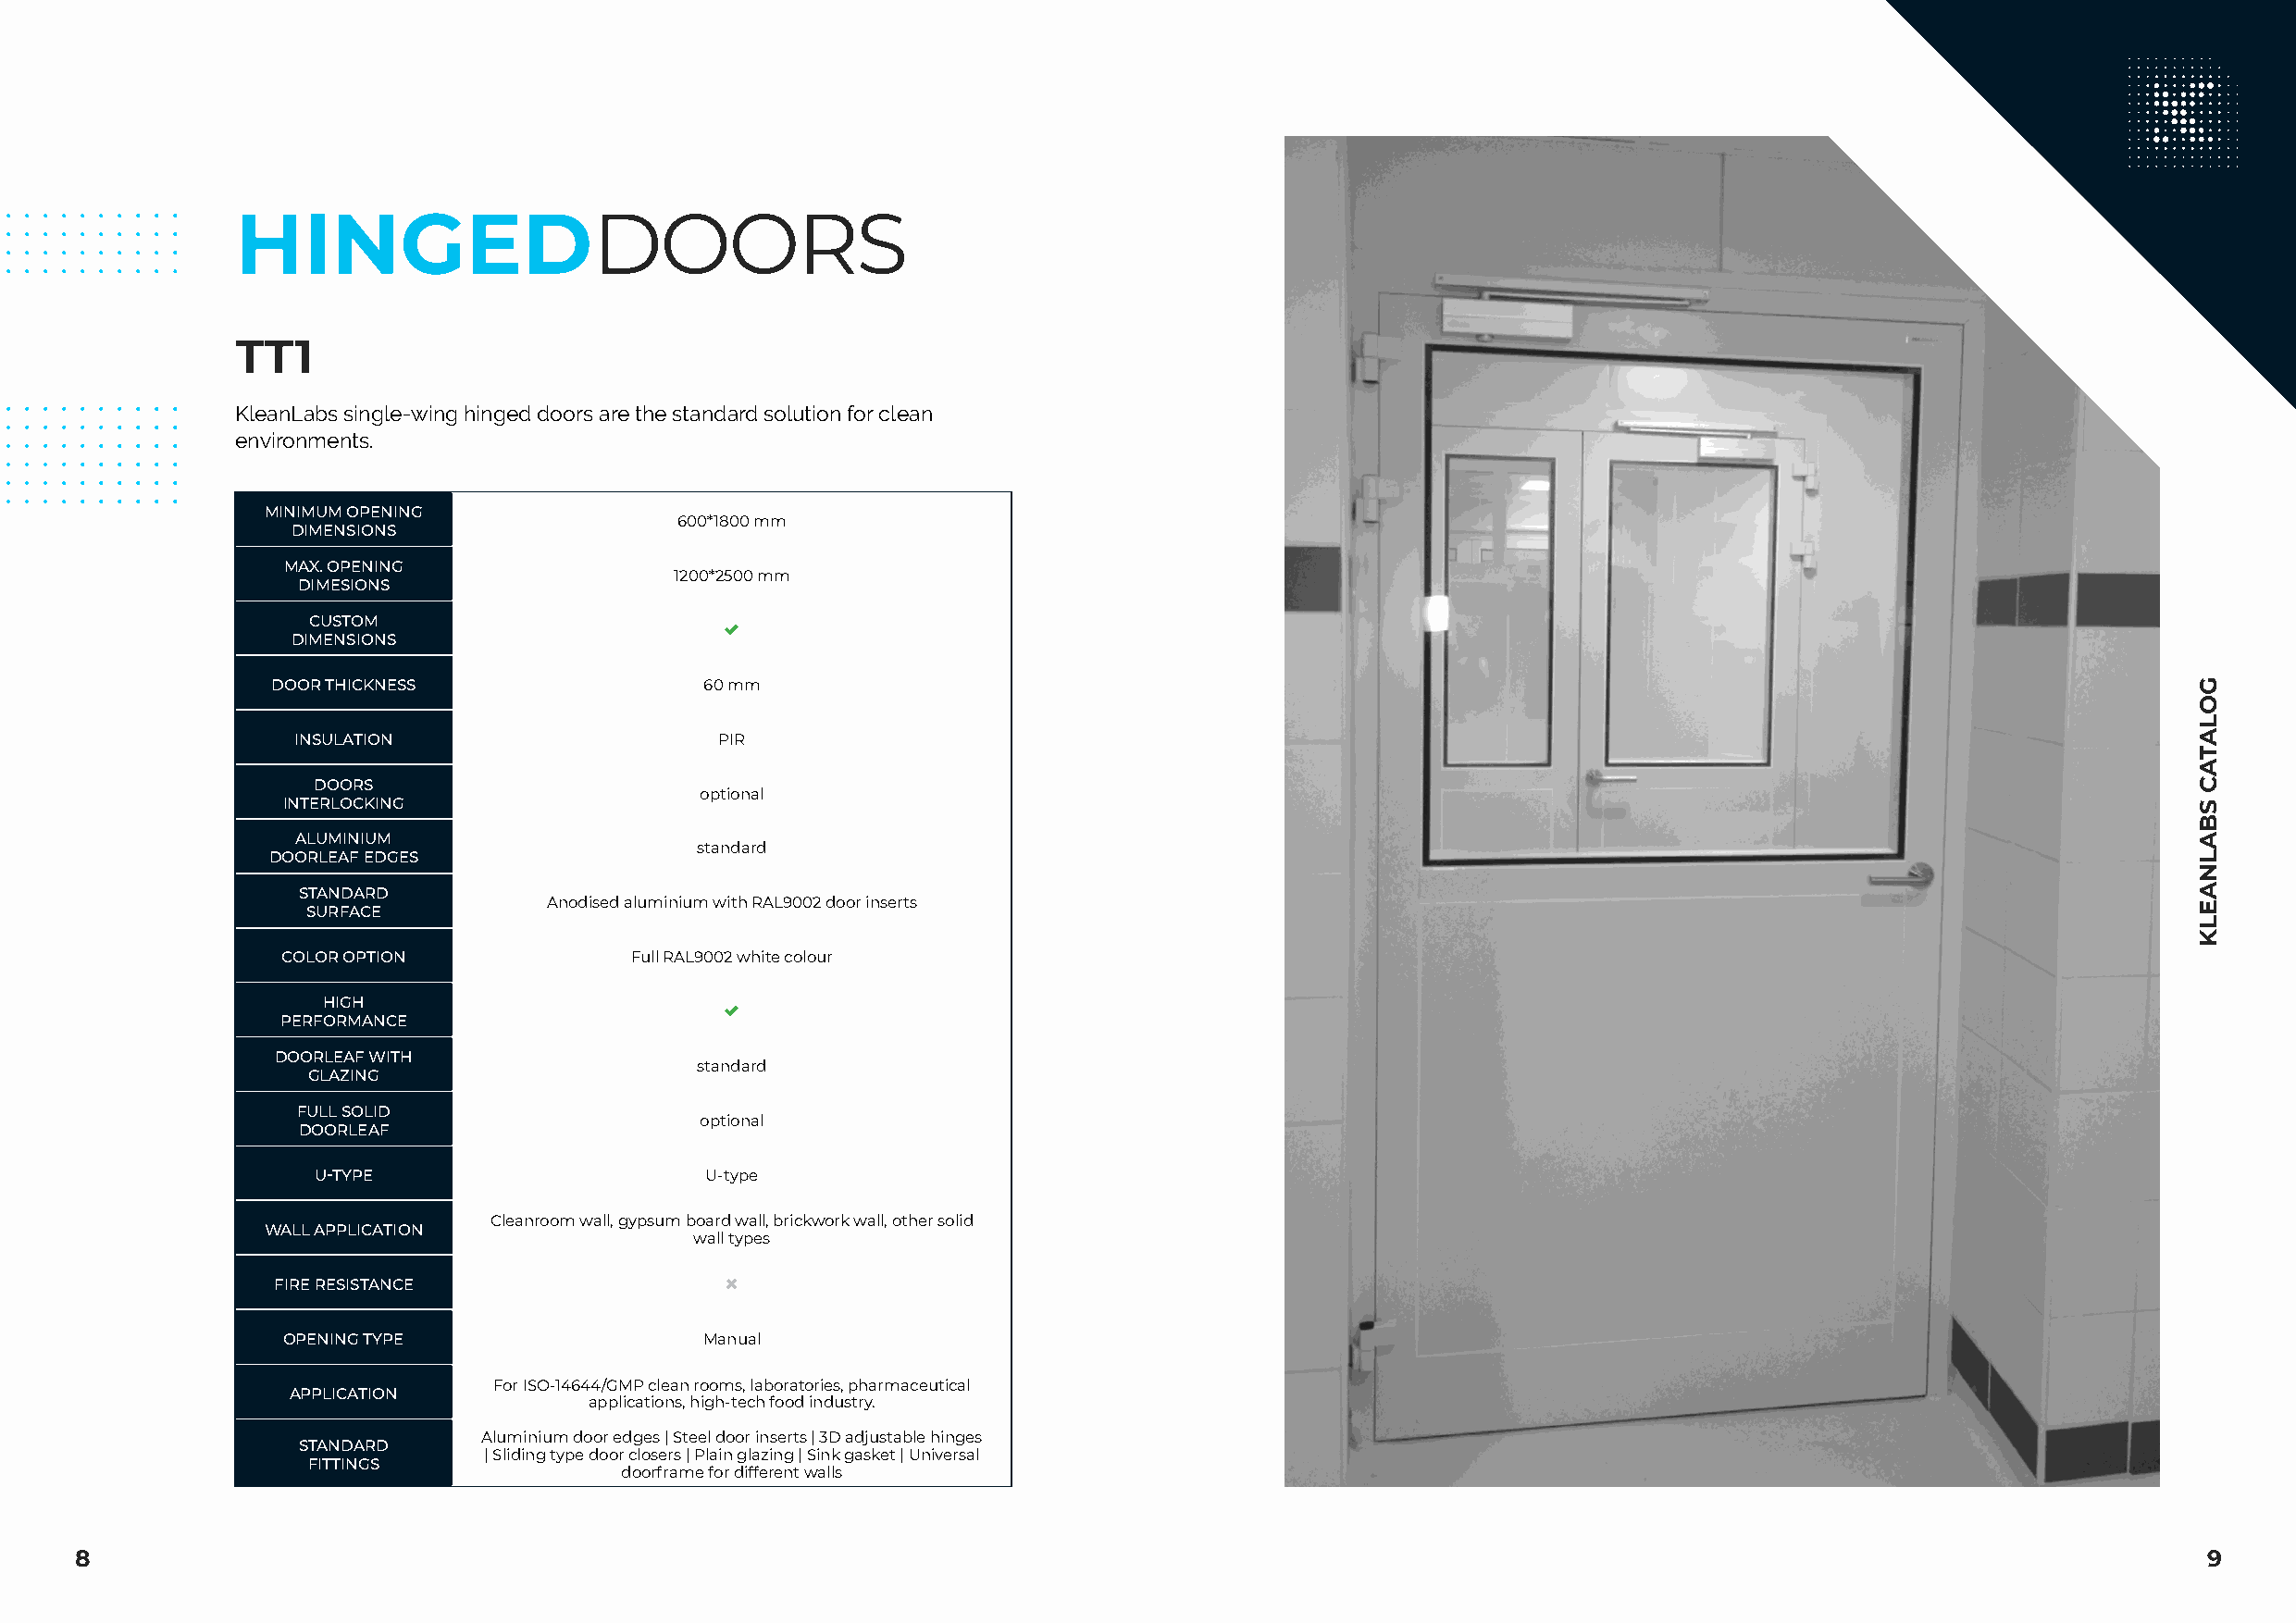
HINGEDDOORS
 TT1
 KleanLabs single-wing hinged doors are the standard solution for clean
 environments.
 MINIMUM OPENING
 600*1800 mm
 DIMENSIONS
 MAX. OPENING
 1200*2500 mm
 DIMESIONS
 CUSTOM
 
 DIMENSIONS
 DOOR THICKNESS                 60 mm
 INSULATION                    PIR
 DOORS
 optional
 INTERLOCKING
 ALUMINIUM
 standard
 DOORLEAF EDGES
 STANDARD
 Anodised aluminium with RAL9002 door inserts
 SURFACE
 COLOR OPTION             Full RAL9002 white colour
 HIGH
 
 PERFORMANCE
 DOORLEAF WITH
 standard
 GLAZING
 FULL SOLID
 optional
 DOORLEAF
 U-TYPE                     U-type
 Cleanroom wall, gypsum board wall, brickwork wall, other solid
 WALL APPLICATION
 wall types
 FIRE RESISTANCE                 
 OPENING TYPE                  Manual
 For ISO-14644/GMP clean rooms, laboratories, pharmaceutical
 APPLICATION
 applications, high-tech food industry.
 Aluminium door edges | Steel door inserts | 3D adjustable hinges
 STANDARD
 | Sliding type door closers | Plain glazing | Sink gasket | Universal
 FITTINGS
 doorframe for different walls
 8                                                                                                                                                        9
 GOLATAC
 SBALNAELK